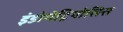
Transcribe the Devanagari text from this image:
इंडोमेट्रियोसिस